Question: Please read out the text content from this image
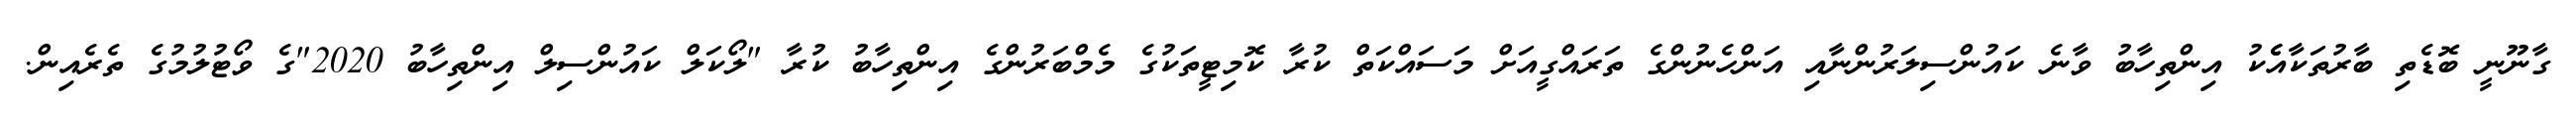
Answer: ގާނޫނީ ބޮޑެތި ބާރުތަކާއެެކު އިންތިހާބު ވާނެ ކައުންސިލަރުންނާއި އަންހެނުންގެ ތަރައްގީއަށް މަސައްކަތް ކުރާ ކޮމިޓީތަކުގެ މެމްބަރުންގެ އިންތިހާބު ކުރާ "ލޯކަލް ކައުންސިލް އިންތިހާބު 2020"ގެ ވޯޓުލުމުގެ ތެރެއިން.